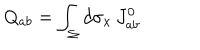
Q _ { a b } = \int _ { \Sigma } d \sigma _ { x } \, J _ { a b } ^ { 0 }